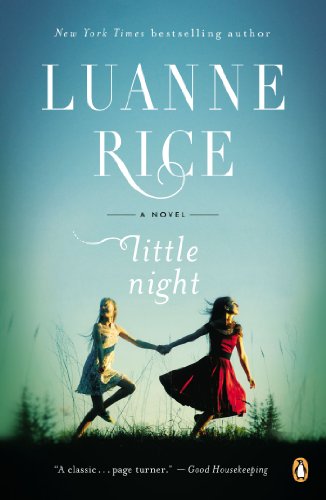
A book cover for Little Night: A Novel; Luanne Rice; Literature & Fiction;